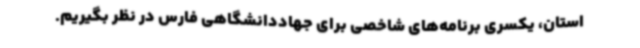
استان، یکسری برنامه‌های شاخصی برای جهاددانشگاهی فارس در نظر بگیریم.